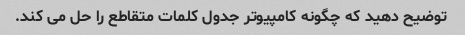
توضیح دهید که چگونه کامپیوتر جدول کلمات متقاطع را حل می کند.